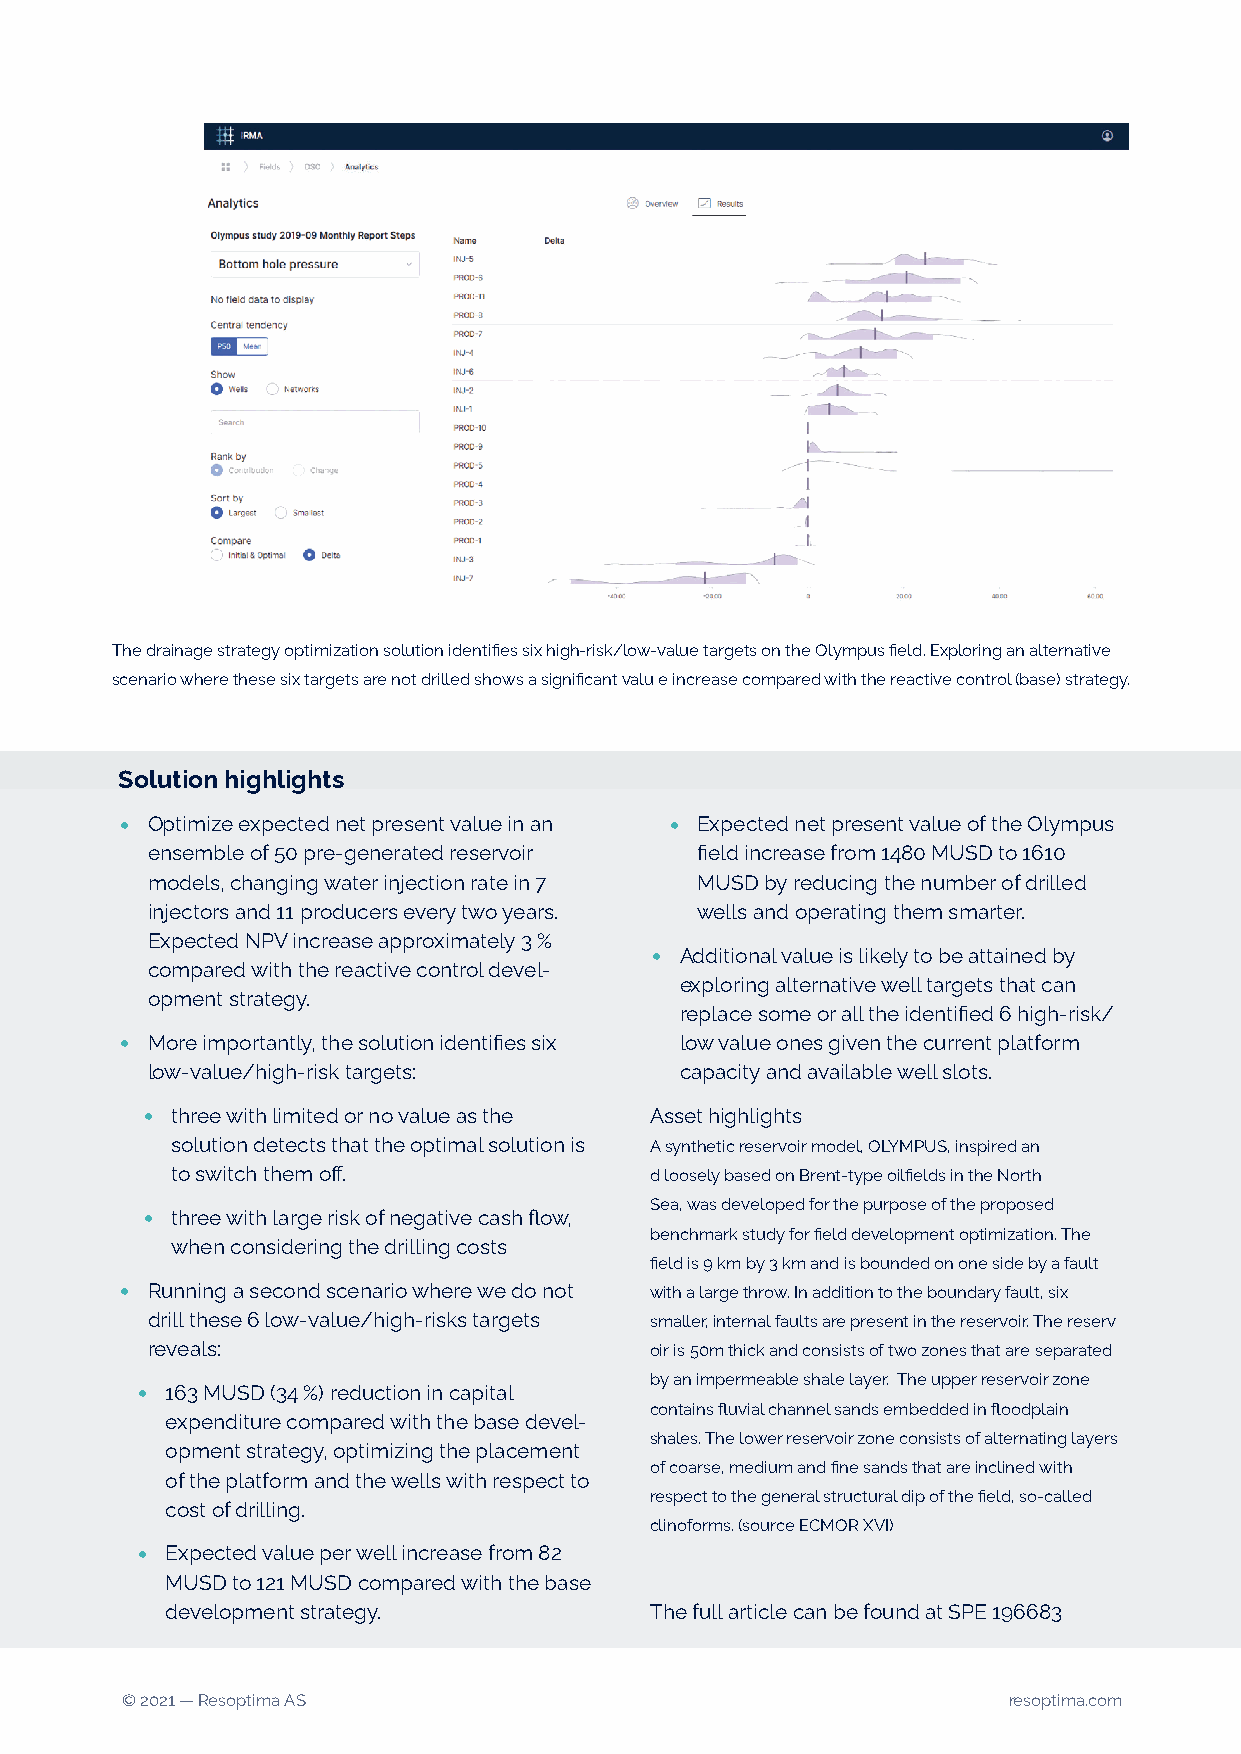
The drainage strategy optimization solution identifies six high-risk/low-value targets on the Olympus field. Exploring an alternative
 scenario where these six targets are not drilled shows a significant valu e increase compared with the reactive control (base) strategy.
 Solution highlights
 •                                   •
 Optimize expected net present value in an Expected net present value of the Olympus
 ensemble of 50 pre-generated reservoir field increase from 1480 MUSD to 1610
 models, changing water injection rate in 7 MUSD by reducing the number of drilled
 injectors and 11 producers every two years. wells and operating them smarter.
 Expected NPV increase approximately 3 %
 •
 Additional value is likely to be attained by
 compared with the reactive control devel-
 exploring alternative well targets that can
 opment strategy.
 replace some or all the identified 6 high-risk/
 •
 More importantly, the solution identifies six low value ones given the current platform
 low-value/high-risk targets:       capacity and available well slots.
 •
 three with limited or no value as the Asset highlights
 solution detects that the optimal solution is A synthetic reservoir model, OLYMPUS, inspired an
 to switch them off.             d loosely based on Brent-type oilfields in the North
 •                                 Sea, was developed for the purpose of the proposed
 three with large risk of negative cash flow,
 benchmark study for field development optimization. The
 when considering the drilling costs
 field is 9 km by 3 km and is bounded on one side by a fault
 •
 Running a second scenario where we do not with a large throw. In addition to the boundary fault, six
 drill these 6 low-value/high-risks targets smaller, internal faults are present in the reservoir. The reserv
 reveals:                         oir is 50m thick and consists of two zones that are separated
 •                                 by an impermeable shale layer. The upper reservoir zone
 163 MUSD (34 %) reduction in capital
 contains fluvial channel sands embedded in floodplain
 expenditure compared with the base devel-
 shales. The lower reservoir zone consists of alternating layers
 opment strategy, optimizing the placement
 of coarse, medium and fine sands that are inclined with
 of the platform and the wells with respect to
 respect to the general structural dip of the field, so-called
 cost of drilling.
 clinoforms. (source ECMOR XVI)
 •
 Expected value per well increase from 82
 MUSD to 121 MUSD compared with the base
 development strategy.           The full article can be found at SPE 196683
 © 2021 — Resoptima AS                                      resoptima.com